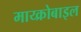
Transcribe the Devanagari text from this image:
माय्क्रोबाइल